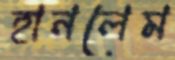
হানলেম